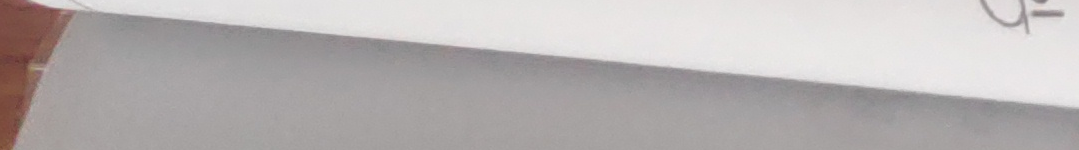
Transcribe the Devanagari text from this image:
१